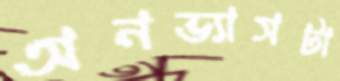
অনভ্যাসটা